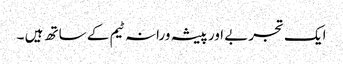
ایک تجربے اور پیشہ ورانہ ٹیم کے ساتھ ہیں ۔